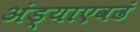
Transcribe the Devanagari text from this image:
अंड्याएवढं